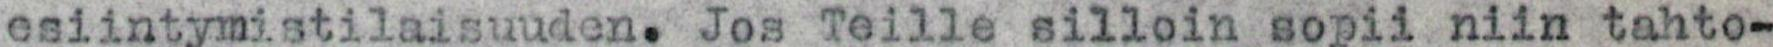
esiintymistilaisuuden. Jos Teille silloin sopii niin tahto-